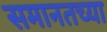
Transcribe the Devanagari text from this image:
समानतच्या